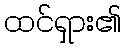
ထင်ရှား၏